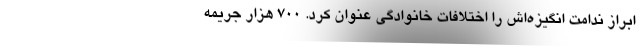
ابراز ندامت انگیزه‌اش را اختلافات خانوادگی عنوان کرد. ۷۰۰ هزار جریمه